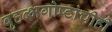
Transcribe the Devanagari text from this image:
बृहत्भगोष्ठांचीही